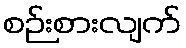
စဉ်းစားလျက်